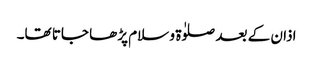
اذان کے بعد صلوٰۃ و سلام پڑھا جاتا تھا۔